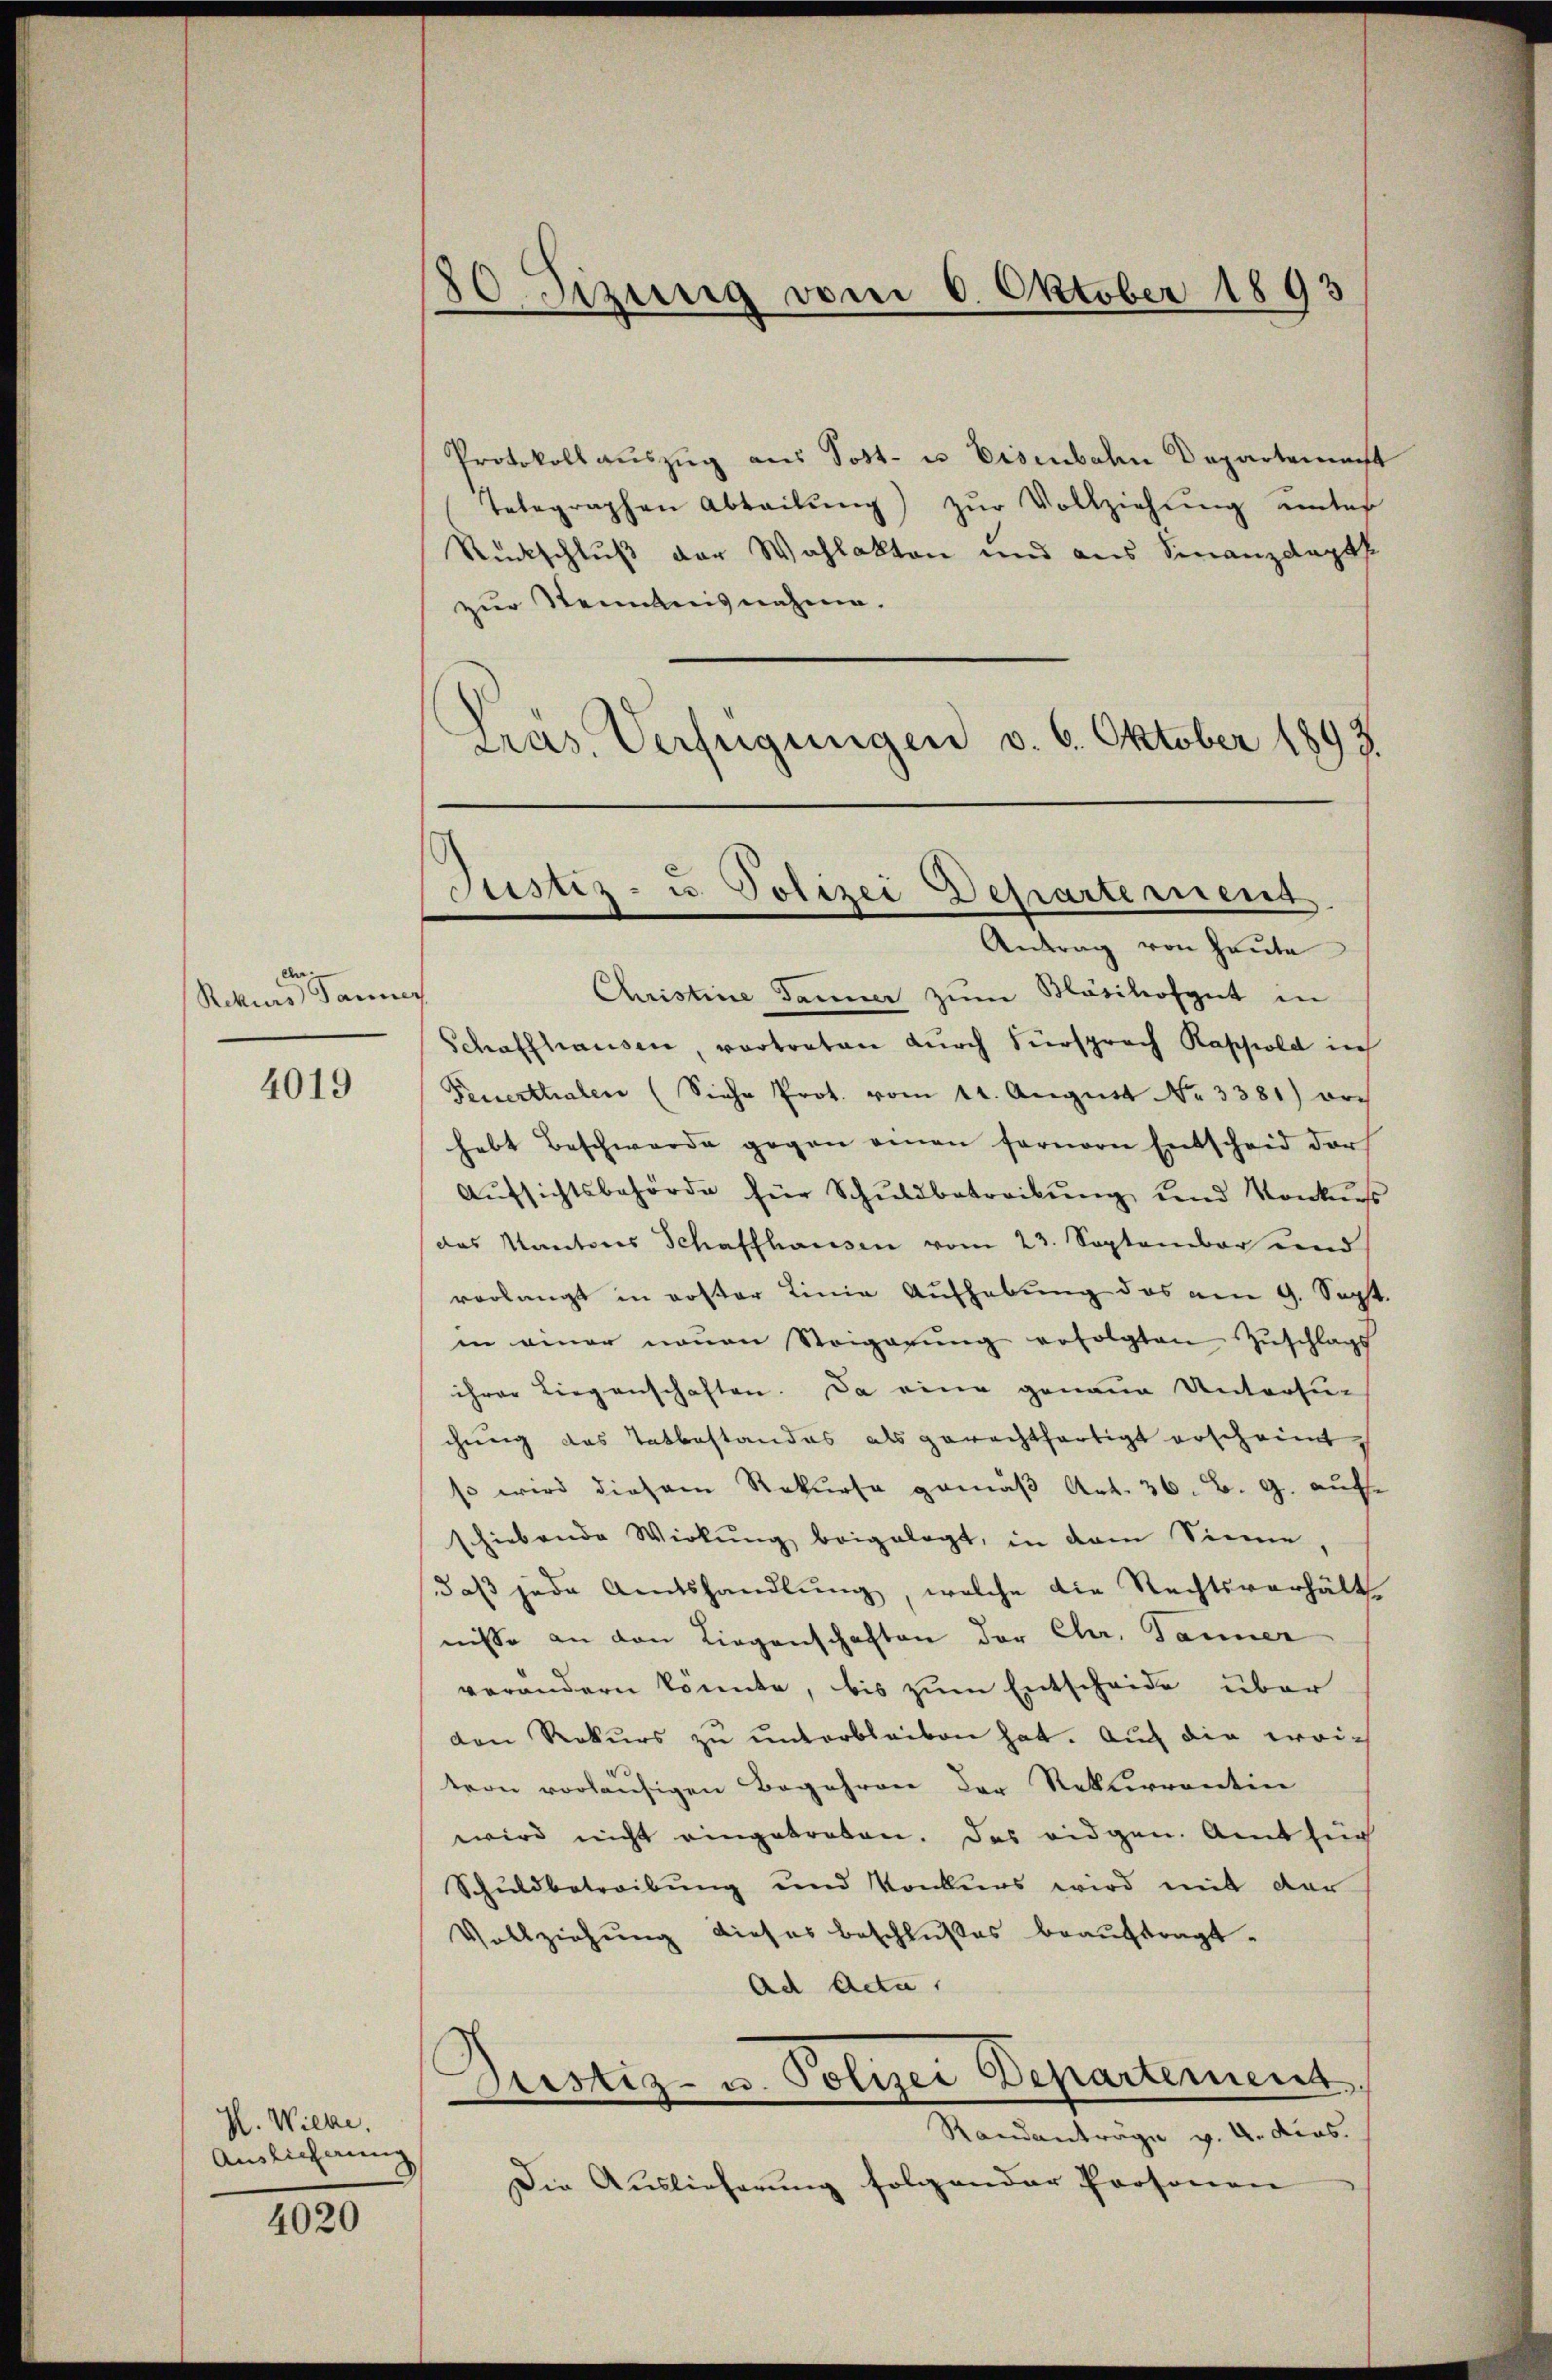
Rekurs er aner

4019

H. Wicke.
Auslieferung

4020

Protokoll aŭszŭg aus Sost- u. Eisenbahn Departemacht
Telegraphen Abteilŭng zŭr Vollziehŭng einter
Rückschluß der Wahlakten und aus Finanzdapt
zur Kenntnisnahme.
Gras Verfügungen v. 6. Oktober 1893

80 Sizung vom 6. Oktober 1893

Justiz- u. Polizei Departemens.
Antrag von Heute

Christine Tanner zŭm Bösihofgut in
Schaffhausen, vortreten durch Fürsprach Rappold in
Feuerthalen (Siehe Prot. vom 11. Aŭgŭst No. 3381) orch
hebt Beschwerde gegen einen fernern Entscheid der
Aŭfsichtsbehörde für Schŭldbetreibŭng und Konkŭs
das Kantons Schaffhausen vom 23. September und
verlangt in roster Linie Aufhebung das am 9. Sept.
in einer neuen Steigerung erfolgten Zuschlags
ihrer Liegenschaften. Da eine genaue Untersu-
chung des Tatbestandes als gerechtfertigt erscheint
so wird diesem Rekurse gemäβ Art. 36. B. G. auf-
schiebende Wirkŭng beigelegt, in dem Sinne,
daß jede Amtshandlung, welche die Rechtsverhält-
nisse an den Liegenschaften der Chr. Jänner
verändern könnte, bis zum Entscheide über
den Rekŭrs zŭ ŭnterbleiben hat. Auch die erri-
tern vorläufigen Begehren der Rekurrentin
wird nicht eingetroben. Das eidgen. Amt für
Schuldbetreibung und Konkurs wird mit der
Vollziehung dieses Beschlußes beauftragt.
Ad Acta,
Dustiz- u. Polizei Departement
Randanträge v. a. dies
Die Auslieferung folgender Personen